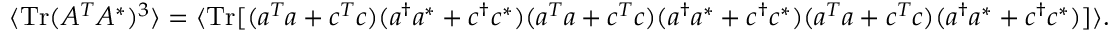
\langle \mathrm { T r } ( A ^ { T } A ^ { * } ) ^ { 3 } \rangle = \langle \mathrm { T r } [ ( a ^ { T } a + c ^ { T } c ) ( a ^ { \dagger } a ^ { * } + c ^ { \dagger } c ^ { * } ) ( a ^ { T } a + c ^ { T } c ) ( a ^ { \dagger } a ^ { * } + c ^ { \dagger } c ^ { * } ) ( a ^ { T } a + c ^ { T } c ) ( a ^ { \dagger } a ^ { * } + c ^ { \dagger } c ^ { * } ) ] \rangle .